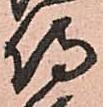
侍